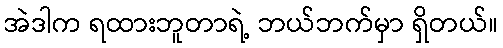
အဲဒါက ရထားဘူတာရဲ့ ဘယ်ဘက်မှာ ရှိတယ်။